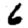
Digit: 6